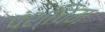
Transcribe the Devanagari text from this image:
पंश्चिम